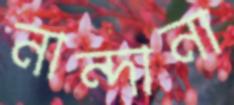
নান্দানা